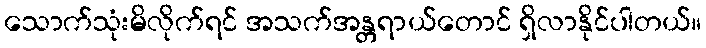
သောက်သုံးမိလိုက်ရင် အသက်အန္တရာယ်တောင် ရှိလာနိုင်ပါတယ်။